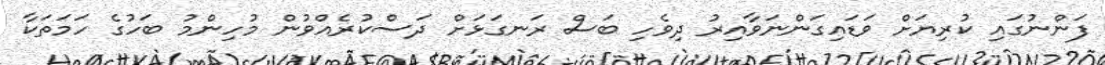
ފަންނުގައި ކުރިޔަށް ވަޑައިގަންނަވާއިރު ދިވެހި ބަސް ރަނގަޅަށް ދަސްކުރެއްވުން މުހިންމު ބަހުގެ ހަމަތަކާ